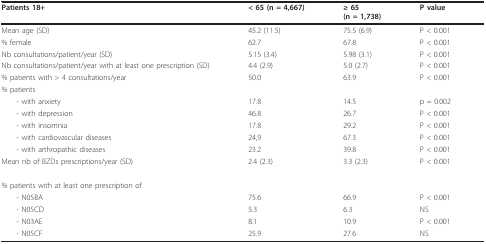
<table><thead><tr><td><b>Patients 18+</b></td><td><b>&lt; 65 (n = 4,667)</b></td><td><b>≥ 65(n = 1,738)</b></td><td><b>P value</b></td></tr></thead><tbody><tr><td>Mean age (SD)</td><td>45.2 (11.5)</td><td>75.5 (6.9)</td><td>P &lt; 0.001</td></tr><tr><td>% female</td><td>62.7</td><td>67.8</td><td>P &lt; 0.001</td></tr><tr><td>Nb consultations/patient/year (SD)</td><td>5.15 (3.4)</td><td>5.98 (3.1)</td><td>P &lt; 0.001</td></tr><tr><td>Nb consultations/patient/year with at least one prescription (SD)</td><td>4.4 (2.9)</td><td>5.0 (2.7)</td><td>P &lt; 0.001</td></tr><tr><td>% patients with &gt; 4 consultations/year</td><td>50.0</td><td>63.9</td><td>P &lt; 0.001</td></tr><tr><td>% patients</td><td></td><td></td><td></td></tr><tr><td> - with anxiety</td><td>17.8</td><td>14.5</td><td>p = 0.002</td></tr><tr><td> - with depression</td><td>46.8</td><td>26.7</td><td>P &lt; 0.001</td></tr><tr><td> - with insomnia</td><td>17.8</td><td>29.2</td><td>P &lt; 0.001</td></tr><tr><td> - with cardiovascular diseases</td><td>24,9</td><td>67.3</td><td>P &lt; 0.001</td></tr><tr><td> - with arthropathic diseases</td><td>23.2</td><td>39.8</td><td>P &lt; 0.001</td></tr><tr><td>Mean nb of BZDs prescriptions/year (SD)</td><td>2.4 (2.3)</td><td>3.3 (2.3)</td><td>P &lt; 0.001</td></tr><tr><td>% patients with at least one prescription of</td><td></td><td></td><td></td></tr><tr><td> - N05BA</td><td>75.6</td><td>66.9</td><td>P &lt; 0.001</td></tr><tr><td> - N05CD</td><td>5.3</td><td>6.3</td><td>NS</td></tr><tr><td> - N03AE</td><td>8.1</td><td>10.9</td><td>P &lt; 0.001</td></tr><tr><td> - N05CF</td><td>25.9</td><td>27.6</td><td>NS</td></tr></tbody></table>